Proceedings of the meeting of veterinary officers in India
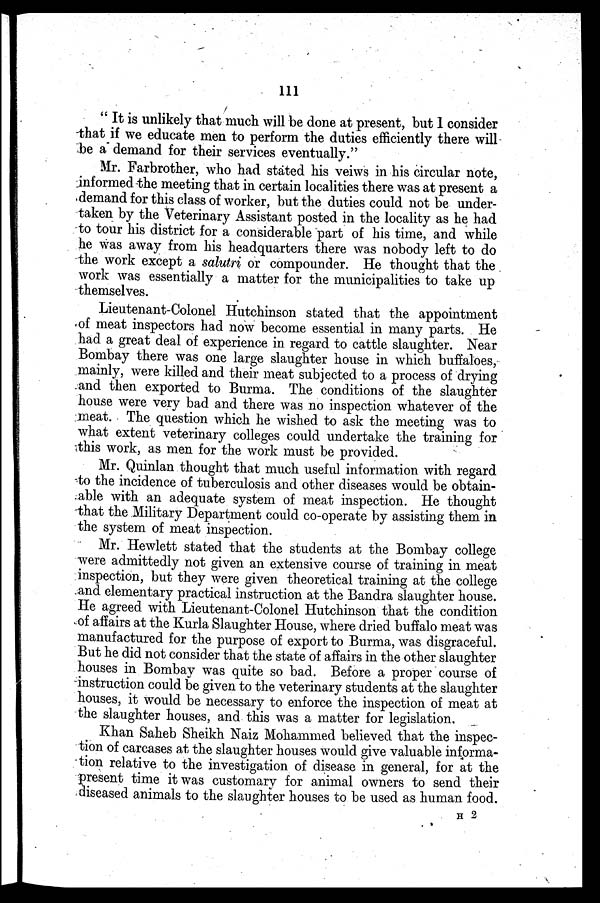
111
" It is unlikely that much will be done at present, but I consider
that if we educate men to perform the duties efficiently there will
be a demand for their services eventually."
Mr. Farbrother, who had stated his veiws in his circular note,
informed the meeting that in certain localities there was at present a
demand for this class of worker, but the duties could not be under-
taken by the Veterinary Assistant posted in the locality as he had
to tour his district for a considerable part of his time, and while
he was away from his headquarters there was nobody left to do
the work except a salutri or compounder. He thought that the
work was essentially a matter for the municipalities to take up
themselves.
Lieutenant-Colonel Hutchinson stated that the appointment
of meat inspectors had now become essential in many parts. He
had a great deal of experience in regard to cattle slaughter. Near
Bombay there was one large slaughter house in which buffaloes,
mainly, were killed and their meat subjected to a process of drying
and then exported to Burma. The conditions of the slaughter
house were very bad and there was no inspection whatever of the
meat. The question which he wished to ask the meeting was to
what extent veterinary colleges could undertake the training for
this work, as men for the work must be provided.
Mr. Quinlan thought that much useful information with regard
to the incidence of tuberculosis and other diseases would be obtain-
able with an adequate system of meat inspection. He thought
that the Military Department could co-operate by assisting them in
the system of meat inspection.
Mr. Hewlett stated that the students at the Bombay college
were admittedly not given an extensive course of training in meat
inspection, but they were given theoretical training at the college
and elementary practical instruction at the Bandra slaughter house.
He agreed with Lieutenant-Colonel Hutchinson that the condition
of affairs at the Kurla Slaughter House, where dried buffalo meat was
manufactured for the purpose of export to Burma, was disgraceful.
But he did not consider that the state of affairs in the other slaughter
houses in Bombay was quite so bad. Before a proper course of
instruction could be given to the veterinary students at the slaughter
houses, it would be necessary to enforce the inspection of meat at
the slaughter houses, and this was a matter for legislation.
Khan Saheb Sheikh Naiz Mohammed believed that the inspec-
tion of carcases at the slaughter houses would give valuable informa-
tion relative to the investigation of disease in general, for at the
present time it was customary for animal owners to send their
diseased animals to the slaughter houses to be used as human food.
H 2